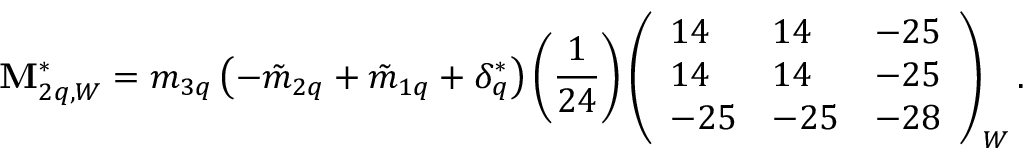
{ \bf M } _ { 2 q , W } ^ { * } = m _ { 3 q } \left( - \tilde { m } _ { 2 q } + \tilde { m } _ { 1 q } + \delta _ { q } ^ { * } \right) \left( \frac { 1 } { 2 4 } \right) \left( \begin{array} { l l l } { { 1 4 } } & { { 1 4 } } & { { - 2 5 } } \\ { { 1 4 } } & { { 1 4 } } & { { - 2 5 } } \\ { { - 2 5 } } & { { - 2 5 } } & { { - 2 8 } } \end{array} \right) _ { W } .